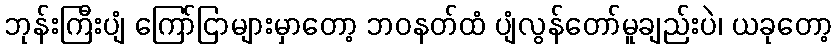
ဘုန်းကြီးပျံ ကြော်ငြာများမှာတော့ ဘဝနတ်ထံ ပျံလွန်တော်မူချည်းပဲ၊ ယခုတော့